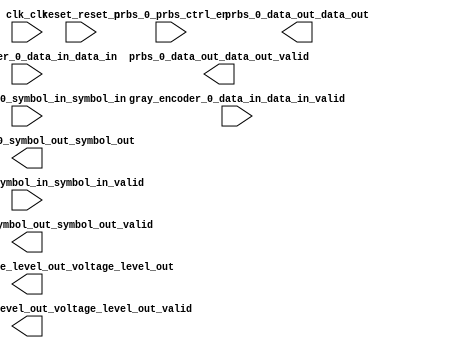

module TX (
	clk_clk,
	gray_encoder_0_data_in_data_in,
	gray_encoder_0_data_in_data_in_valid,
	gray_encoder_0_symbol_out_symbol_out,
	gray_encoder_0_symbol_out_symbol_out_valid,
	pam_encoder_0_symbol_in_symbol_in,
	pam_encoder_0_symbol_in_symbol_in_valid,
	pam_encoder_0_voltage_level_out_voltage_level_out,
	pam_encoder_0_voltage_level_out_voltage_level_out_valid,
	prbs_0_data_out_data_out,
	prbs_0_data_out_data_out_valid,
	prbs_0_prbs_ctrl_en,
	reset_reset_n);	

	input		clk_clk;
	input		gray_encoder_0_data_in_data_in;
	input		gray_encoder_0_data_in_data_in_valid;
	output	[1:0]	gray_encoder_0_symbol_out_symbol_out;
	output		gray_encoder_0_symbol_out_symbol_out_valid;
	input	[1:0]	pam_encoder_0_symbol_in_symbol_in;
	input		pam_encoder_0_symbol_in_symbol_in_valid;
	output	[7:0]	pam_encoder_0_voltage_level_out_voltage_level_out;
	output		pam_encoder_0_voltage_level_out_voltage_level_out_valid;
	output		prbs_0_data_out_data_out;
	output		prbs_0_data_out_data_out_valid;
	input		prbs_0_prbs_ctrl_en;
	input		reset_reset_n;
endmodule